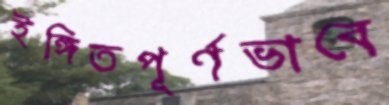
ইঙ্গিতপূর্ণভাবে